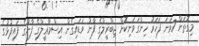
މިގޮތަށް 7ވަނަ ފަހަރު ހިންގަވަނިކޮށް ޖިބްރީލްގެ ފާނު ވަޑައިގެން އިސްމާޢީލްގެ ފާނުގެ ފައިޕުޅުގެ